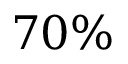
7 0 \%